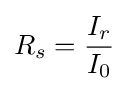
R_{s}={\frac {I_{r}}{I_{0}}}